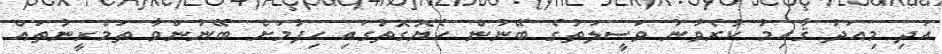
އަދި މިއަދު ޤާއިމު ކުރެވުނު ވަސީލަތުގެ ބޭނުން ހެޔޮގޮތުގައި ހިފުމަށް ބޭނުންވާ ތަމްރީނުތައް